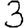
Digit: 3